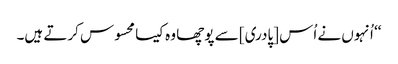
‘‘ اُنہوں نے اُس [پادری] سے پوچھا وہ کیسا محسوس کرتے ہیں۔